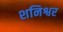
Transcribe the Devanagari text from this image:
शनिश्वर